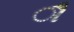
ૌ